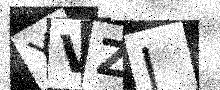
Text: YVZJ